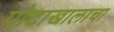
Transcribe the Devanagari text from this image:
पोटाखालाचा